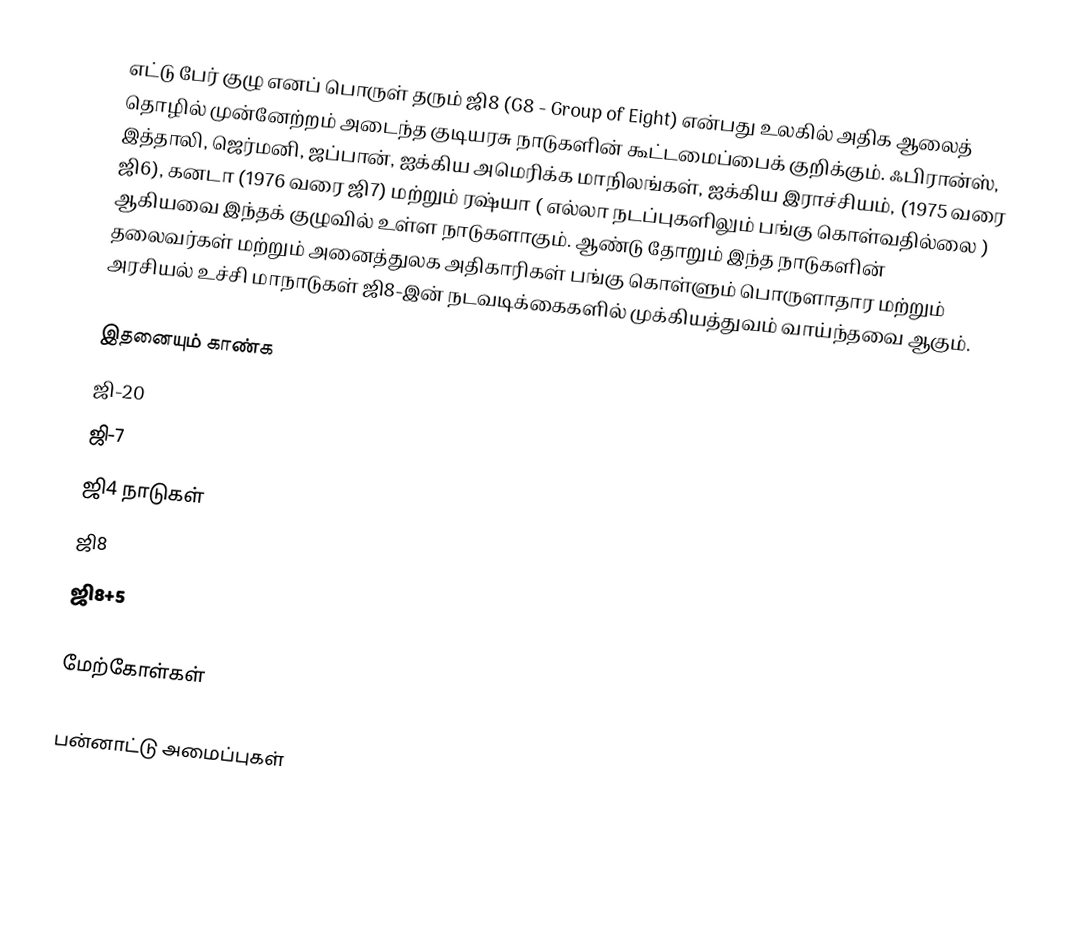
எட்டு பேர் குழு எனப் பொருள் தரும் ஜி8 (G8 - Group of Eight) என்பது உலகில் அதிக ஆலைத் தொழில் முன்னேற்றம் அடைந்த குடியரசு நாடுகளின் கூட்டமைப்பைக் குறிக்கும். ஃபிரான்ஸ், இத்தாலி, ஜெர்மனி, ஜப்பான், ஐக்கிய அமெரிக்க மாநிலங்கள், ஐக்கிய இராச்சியம், (1975 வரை ஜி6), கனடா (1976 வரை ஜி7) மற்றும் ரஷ்யா ( எல்லா நடப்புகளிலும் பங்கு கொள்வதில்லை ) ஆகியவை இந்தக் குழுவில் உள்ள நாடுகளாகும். ஆண்டு தோறும் இந்த நாடுகளின் தலைவர்கள் மற்றும் அனைத்துலக அதிகாரிகள் பங்கு கொள்ளும் பொருளாதார மற்றும் அரசியல் உச்சி மாநாடுகள் ஜி8-இன் நடவடிக்கைகளில் முக்கியத்துவம் வாய்ந்தவை ஆகும்.

இதனையும் காண்க
 ஜி-20
 ஜி-7
 ஜி4 நாடுகள்
 ஜி8
 ஜி8+5

மேற்கோள்கள்

பன்னாட்டு அமைப்புகள்